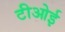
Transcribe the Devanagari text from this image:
टीओई